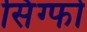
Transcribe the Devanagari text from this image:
सिंग्फो